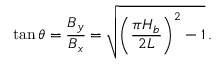
\tan { \theta } = \frac { B _ { y } } { B _ { x } } = \sqrt { \left( \frac { \pi H _ { b } } { 2 L } \right) ^ { 2 } - 1 } \, .